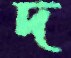
দ